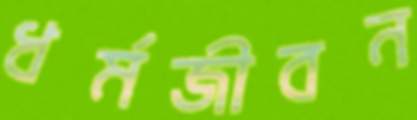
ধর্মজীবন